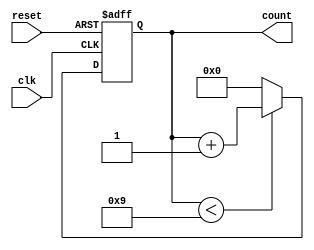
module bcd_counter (
    input wire clk,        // Clock signal
    input wire reset,      // Asynchronous reset signal
    output reg [3:0] count // 4-bit BCD output
);

// Always block to handle the counter logic
always @(posedge clk or posedge reset) begin
    if (reset) begin
        // Asynchronous reset: set count to 0
        count <= 4'b0000;
    end else begin
        // Counting mechanism
        if (count < 4'b1001) begin
            // Increment count if it's less than 9
            count <= count + 1;
        end else begin
            // Reset count to 0 if it reaches 9
            count <= 4'b0000;
        end
    end
end

endmodule